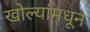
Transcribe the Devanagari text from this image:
खोल्यांमधून